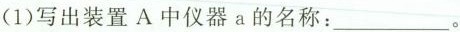
(1)写出装置A中仪器a的名称：___。